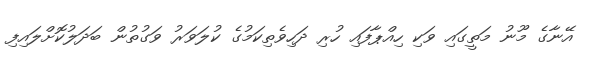
އޭނާގެ މޫނު މަތީގައި ވަކި ހިއްޕާފައި ހުރި ދަހިވެތިކަމުގެ ކުލަވަރު ވަގުތުން ބަދަލުކޮށްލައިފި